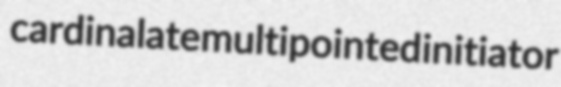
cardinalate multipointed initiator